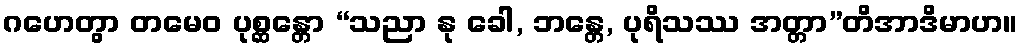
ဂဟေတွာ တမေဝ ပုစ္ဆန္တော “သညာ နု ခေါ, ဘန္တေ, ပုရိသဿ အတ္တာ”တိအာဒိမာဟ။